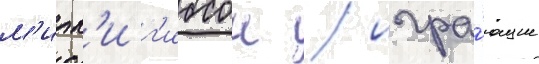
м'илл'и г'ибсон / игра́ющие